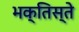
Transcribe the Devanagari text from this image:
भक्तिस्ते